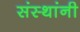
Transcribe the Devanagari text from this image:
संस्‍थांनी